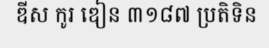
ឌីស កូរ ឌៀន ៣១៨៧ ប្រតិទិន